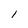
Character: 1